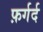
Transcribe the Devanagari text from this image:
फ़र्गर्द